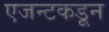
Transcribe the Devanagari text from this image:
एजन्टकडून